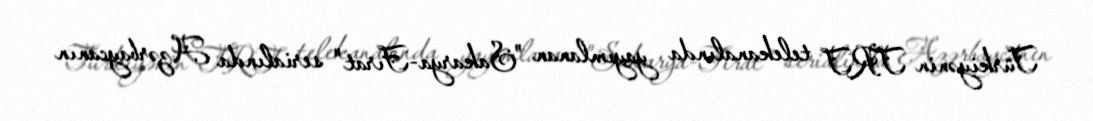
Türkiyənin TRT telekanalında yayımlanan "Sakarya-Fırat" serialında Azərbaycanın